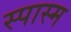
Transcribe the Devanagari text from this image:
स्पास्म